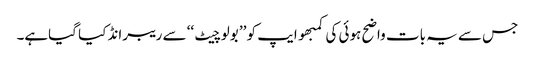
جس سے یہ بات واضح ہوئی کی کمبھو ایپ کو ’’ بولو چیٹ ‘‘ سے ریبرانڈ کیا گیاہے۔